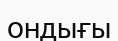
ондығы